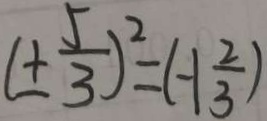
( \pm \frac { 5 } { 3 } ) ^ { 2 } = ( - 1 \frac { 2 } { 3 } )